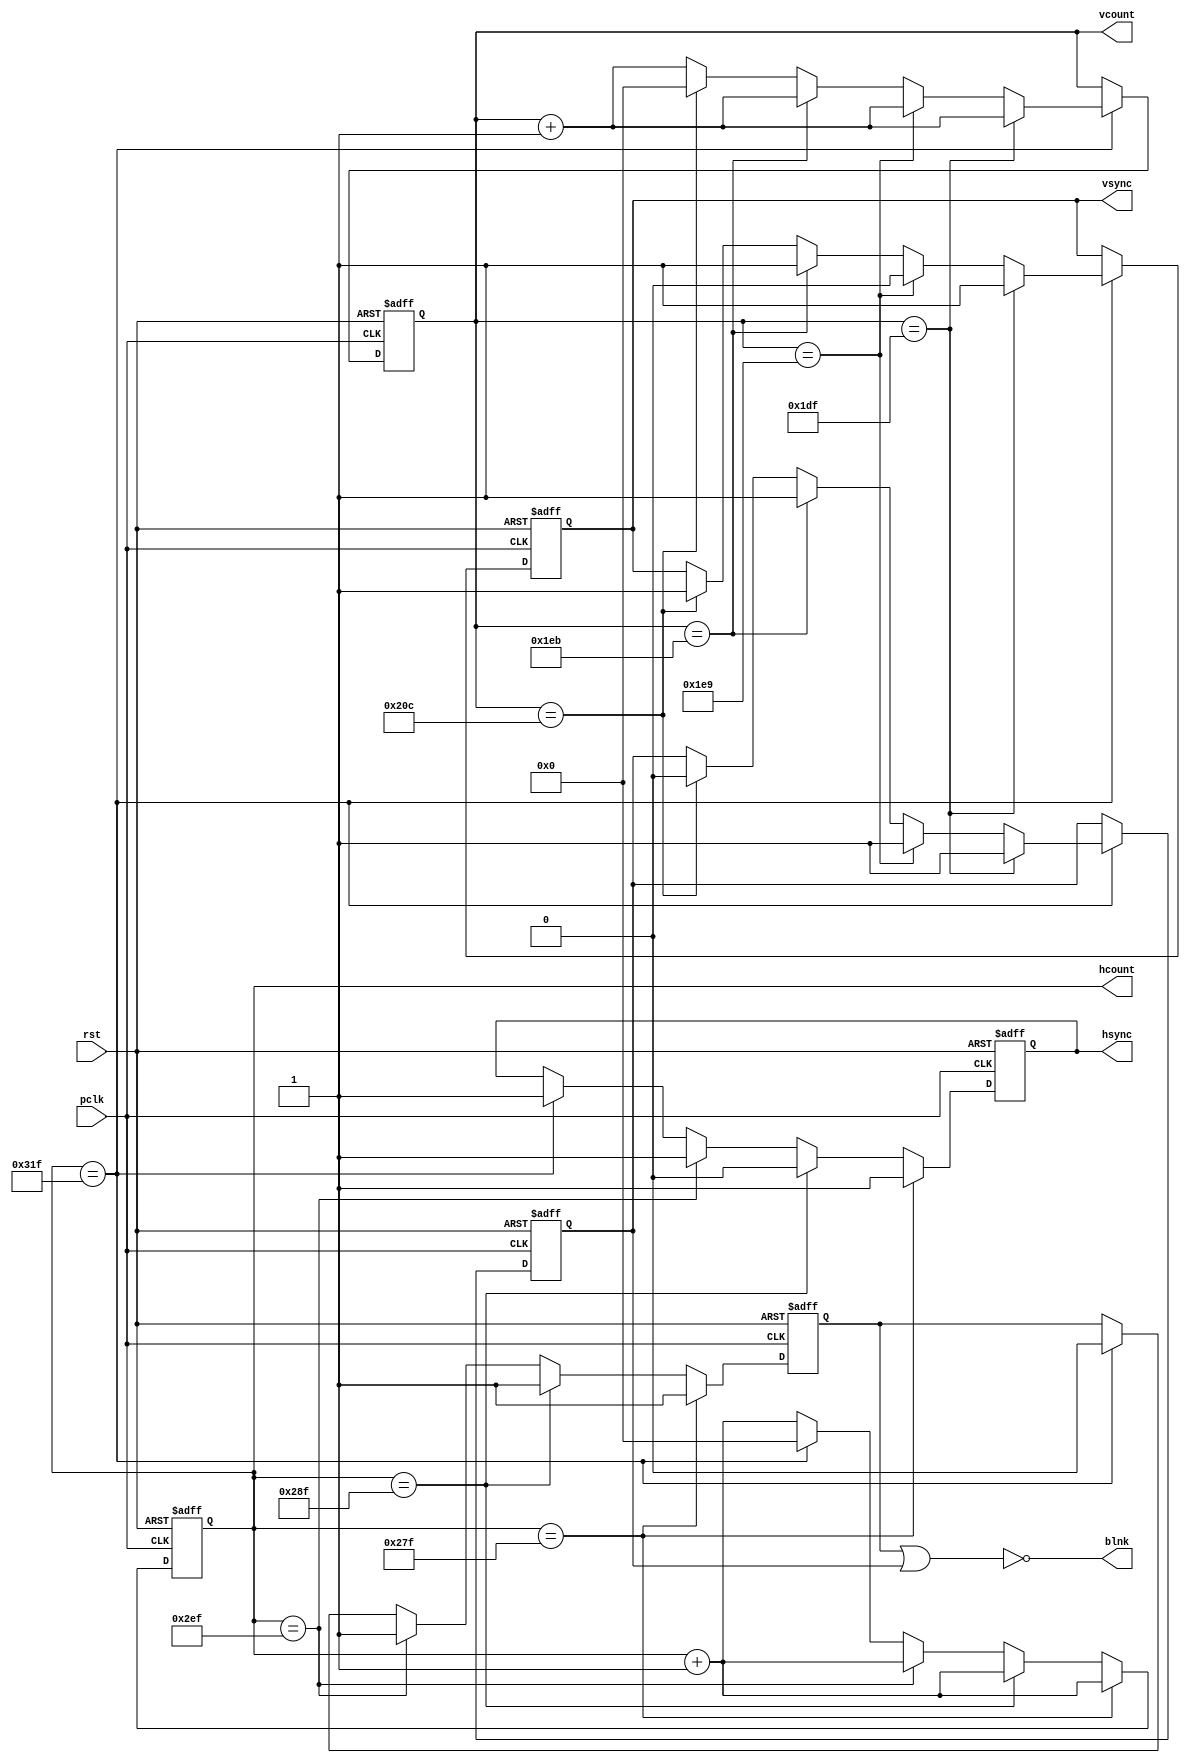
module VgaTiming (
	input  wire pclk,
	input  wire rst,
	output reg [9:0] hcount,
	output reg hsync,
	output reg [9:0] vcount,
	output reg vsync,
	output reg blnk
	);
  	localparam H_TOTAL_TIME = 800;
	localparam H_BLNK_START = 640;
	localparam H_SYNC_START	= 656;
	localparam H_SYNC_TIME 	= 96;
	localparam H_SYNC_POL	= 0;	
	localparam V_TOTAL_TIME = 525;
	localparam V_BLNK_START = 480;
	localparam V_SYNC_START	= 490;
	localparam V_SYNC_TIME 	= 2;
	localparam V_SYNC_POL	= 0; 	
	reg [10:0] vcount_nxt;
	reg vsync_nxt;
	reg [10:0] hcount_nxt;
	reg hsync_nxt;
	reg vblnk, hblnk;
	reg vblnk_nxt, hblnk_nxt;
    always @(posedge pclk or posedge rst) begin
		if (rst) begin
			hcount  <= #1 0;
            hsync   <= #1 0;
			vcount  <= #1 0;
	        vsync   <= #1 0;
	        hblnk   <= #1 0;
	        vblnk   <= #1 0;
        end
		else begin
		 	hcount  <= #1 hcount_nxt;
            hsync   <= #1 hsync_nxt;
			vcount  <= #1 vcount_nxt;
            vsync   <= #1 vsync_nxt;
            hblnk   <= #1 hblnk_nxt;
            vblnk   <= #1 vblnk_nxt;   
        end
    end
    always @* begin
        blnk = ~(hblnk | vblnk);
    end
	always @* begin
        if(hcount==H_BLNK_START - 1) begin
	        hcount_nxt = hcount+1;
	        if(H_SYNC_POL) hsync_nxt=0;
	        else hsync_nxt = 1;
	        hblnk_nxt=1; 
        end
        else if(hcount==H_SYNC_START - 1) begin
	        hcount_nxt = hcount+1;
	        if(H_SYNC_POL) hsync_nxt=1;
	        else hsync_nxt = 0;
            hblnk_nxt=1;    
        end
        else if (hcount==H_SYNC_START + H_SYNC_TIME - 1) begin
	        hcount_nxt = hcount+1;
	        if(H_SYNC_POL) hsync_nxt=0;
	        else hsync_nxt = 1;
            hblnk_nxt=1;  
        end
        else if (hcount==H_TOTAL_TIME - 1) begin
	        hcount_nxt = 0;
            if(H_SYNC_POL) hsync_nxt=0;
            else hsync_nxt = 1;
            hblnk_nxt=0;  
        end
        else begin
	        hcount_nxt = hcount+1;
            hsync_nxt = hsync;
            hblnk_nxt = hblnk;   
		end
        if(hcount==H_TOTAL_TIME - 1) begin
			if(vcount==V_BLNK_START - 1) begin
				vcount_nxt = vcount+1;
				if(V_SYNC_POL) vsync_nxt=0;
	        	else vsync_nxt = 1;
           		vblnk_nxt=1;             
            end
			else if (vcount==V_SYNC_START - 1) begin
				vcount_nxt = vcount+1;
				if(V_SYNC_POL) vsync_nxt=1;
	        	else vsync_nxt = 0;
           		vblnk_nxt = 1;    
            end
			else if (vcount==V_SYNC_START + V_SYNC_TIME - 1) begin
				vcount_nxt = vcount+1;
				if(V_SYNC_POL) vsync_nxt=0;
	        	else vsync_nxt = 1;
				vblnk_nxt = 1;
            end
			else if (vcount==V_TOTAL_TIME - 1) begin
				vcount_nxt = 0;
				if(V_SYNC_POL) vsync_nxt=0;
                else vsync_nxt = 1;
				vblnk_nxt = 0;
            end
			else begin
				vcount_nxt = vcount+1;
				vsync_nxt = vsync;
				vblnk_nxt = vblnk;
            end
        end
        else begin
	        vcount_nxt = vcount;
	        vsync_nxt = vsync;
	        vblnk_nxt = vblnk;   
        end
	end
endmodule